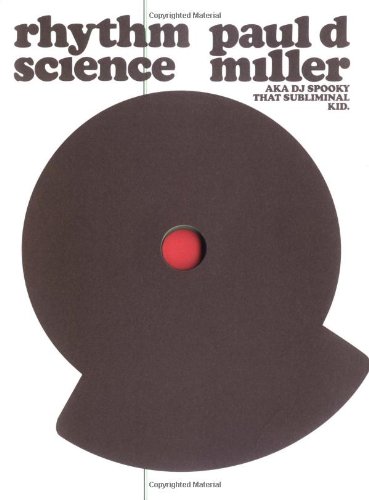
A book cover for Rhythm Science (Mediaworks Pamphlets); Paul D. Miller aka Dj Spooky that Subliminal Kid; Arts & Photography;